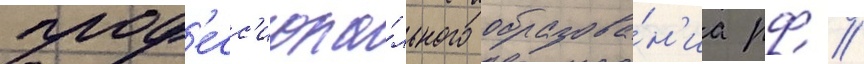
проф'есс'иона́льного образова́н'иа рф //